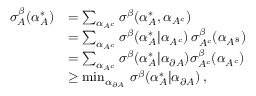
\begin{array} { r l } { \sigma _ { A } ^ { \beta } ( \alpha _ { A } ^ { * } ) } & { = \sum _ { \alpha _ { A ^ { c } } } \sigma ^ { \beta } ( \alpha _ { A } ^ { * } , \alpha _ { A ^ { c } } ) } \\ & { = \sum _ { \alpha _ { A ^ { c } } } \sigma ^ { \beta } ( \alpha _ { A } ^ { * } | \alpha _ { A ^ { c } } ) \, \sigma _ { A ^ { c } } ^ { \beta } ( \alpha _ { A ^ { 8 } } ) } \\ & { = \sum _ { \alpha _ { A ^ { c } } } \sigma ^ { \beta } ( \alpha _ { A } ^ { * } | \alpha _ { \partial A } ) \sigma _ { A ^ { c } } ^ { \beta } ( \alpha _ { A ^ { c } } ) } \\ & { \ge \operatorname* { m i n } _ { \alpha _ { \partial A } } \, \sigma ^ { \beta } ( \alpha _ { A } ^ { * } | \alpha _ { \partial A } ) \, , } \end{array}